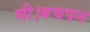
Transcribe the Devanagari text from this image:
भी।बचपन